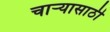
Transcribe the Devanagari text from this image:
चाऱ्यासाठी